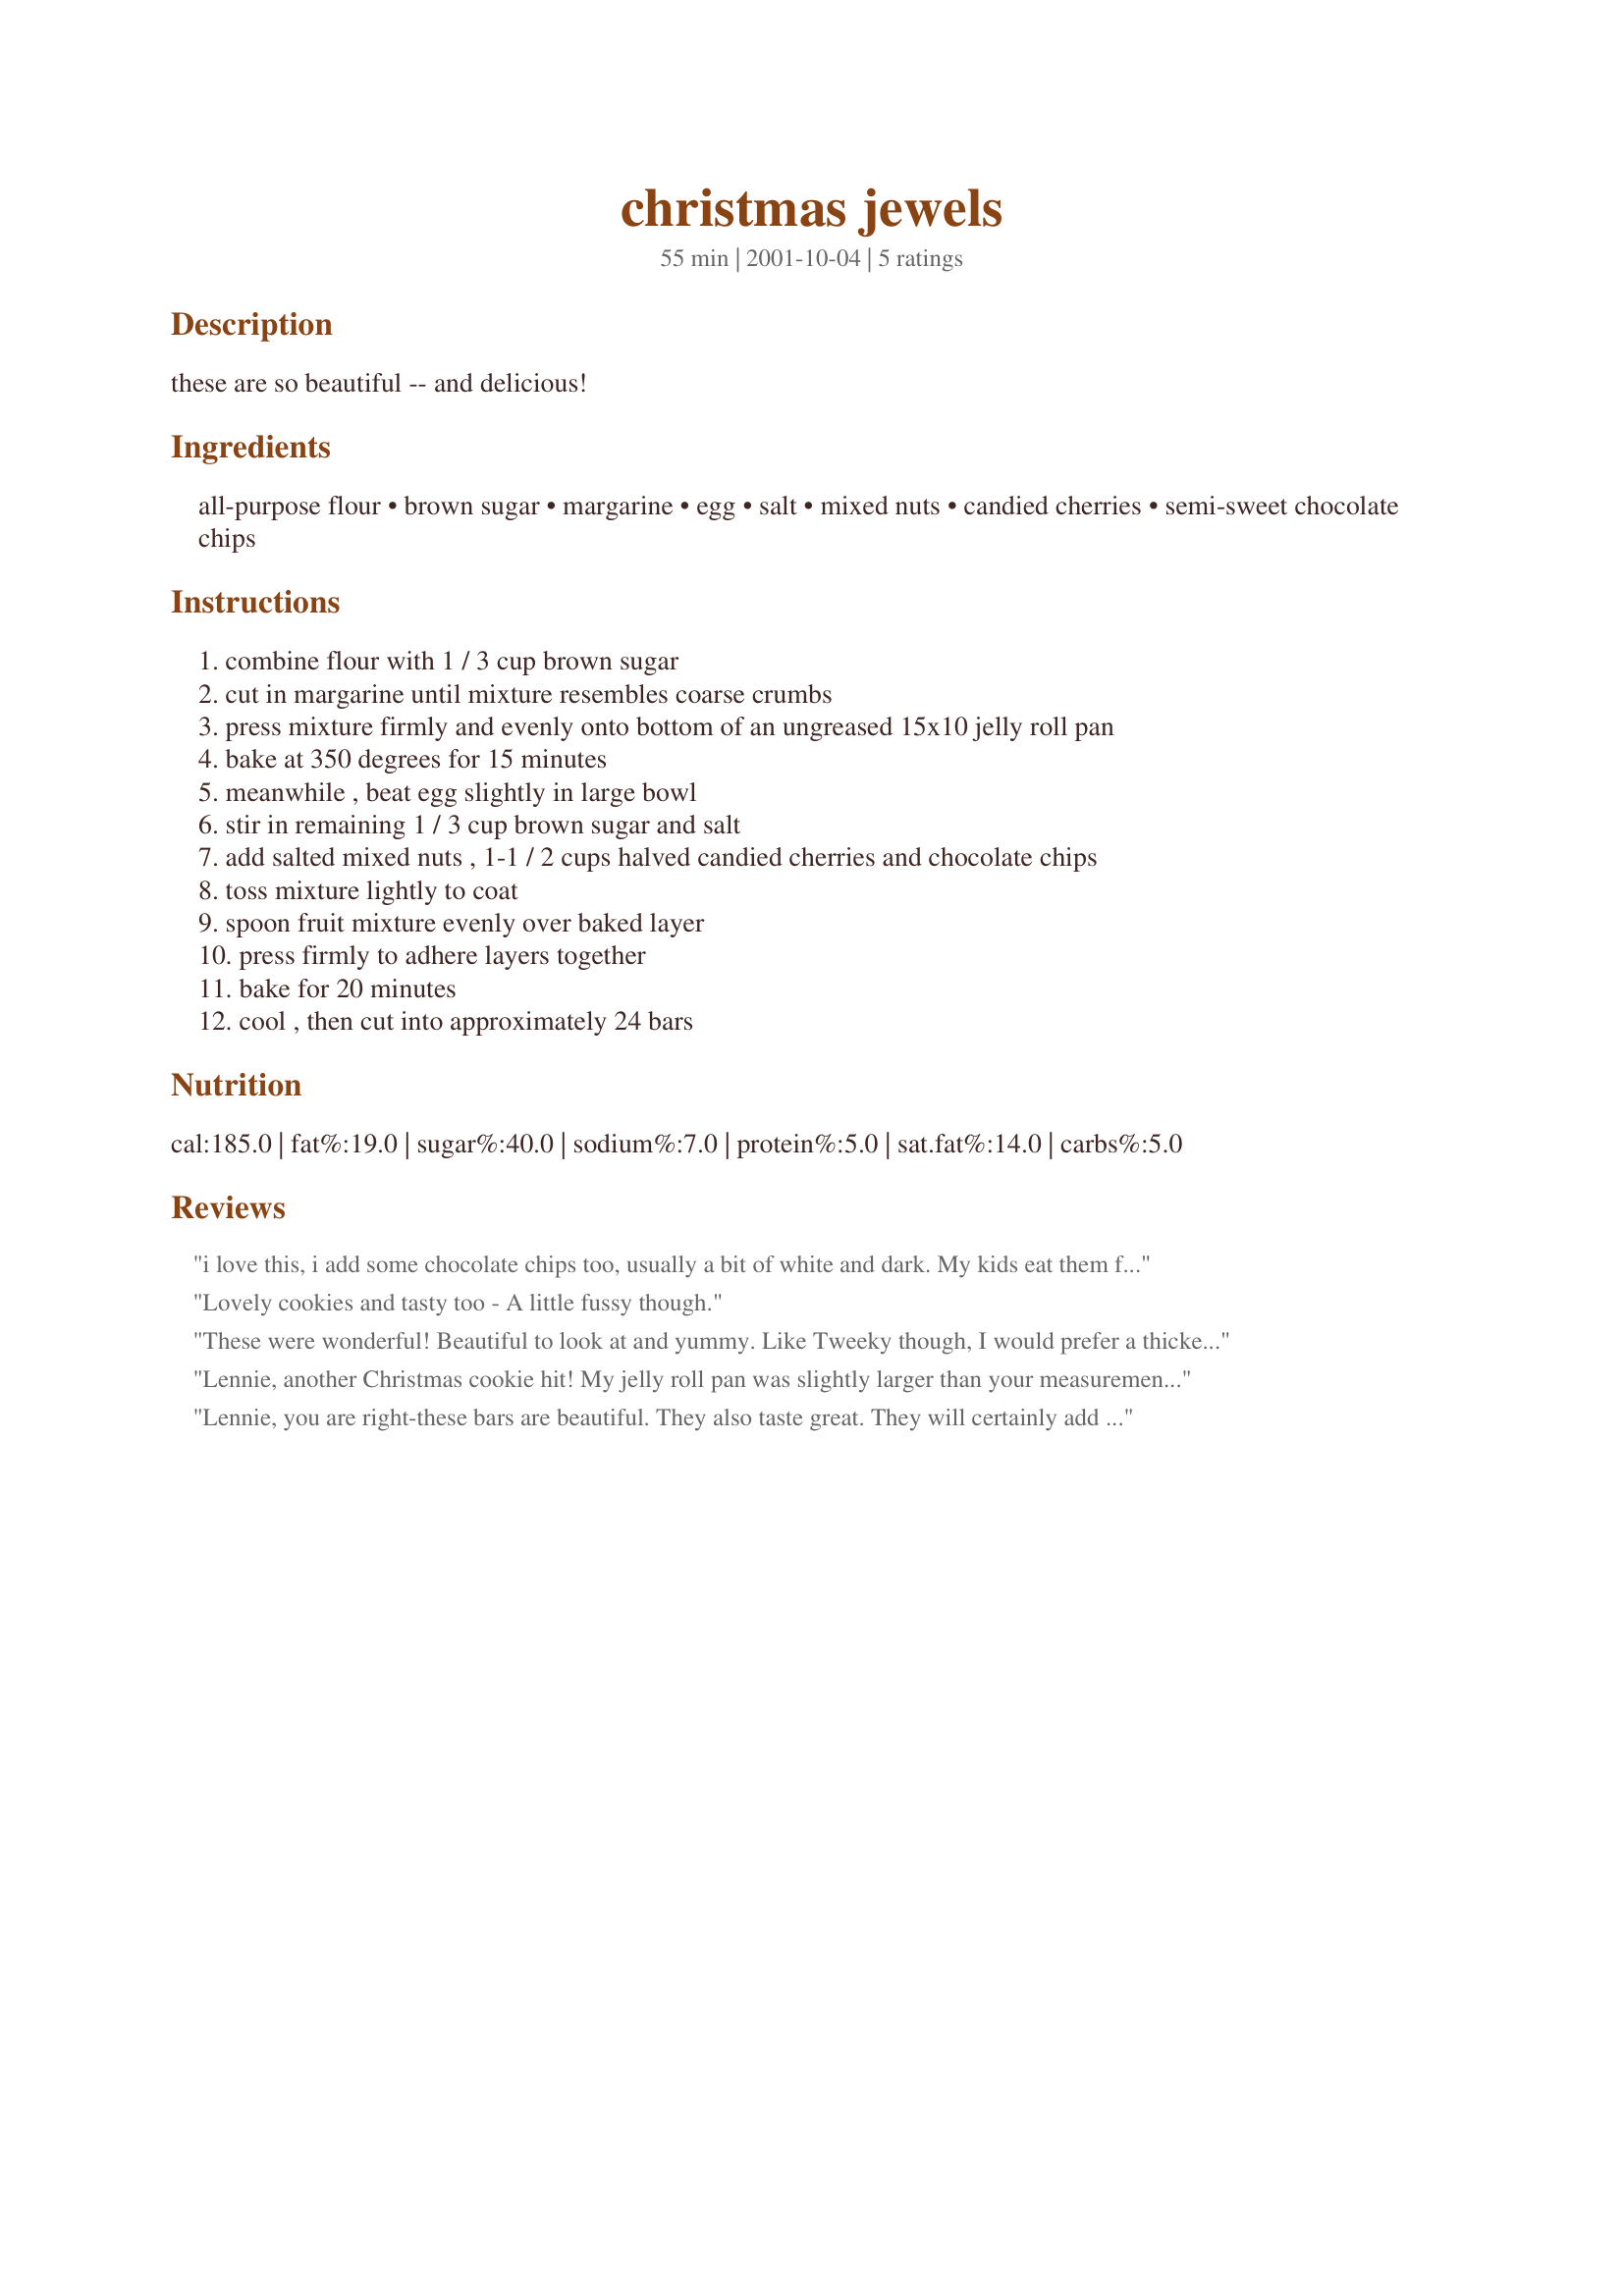
christmas jewels
Preparation time: 55 minutes

these are so beautiful -- and delicious!

Ingredients:
all-purpose flour, brown sugar, margarine, egg, salt, mixed nuts, candied cherries, semi-sweet chocolate chips

Steps:
combine flour with 1 / 3 cup brown sugar, cut in margarine until mixture resembles coarse crumbs, press mixture firmly and evenly onto bottom of an ungreased 15x10 jelly roll pan, bake at 350 degrees for 15 minutes, meanwhile , beat egg slightly in large bowl, stir in remaining 1 / 3 cup brown sugar and salt, add salted mixed nuts , 1-1 / 2 cups halved candied cherries and chocolate chips, toss mixture lightly to coat, spoon fruit mixture evenly over baked layer, press firmly to adhere layers together, bake for 20 minutes, cool , then cut into approximately 24 bars

Reviews:
i love this, i add some chocolate chips too, usually a bit of white and dark. My kids eat them faster than i can make them.
Lovely cookies and tasty too - A little fussy though.
These were wonderful! Beautiful to look at and yummy. Like Tweeky though, I would prefer a thicker crust. Thanks.
Lennie, another Christmas cookie hit! My jelly roll pan was slightly larger than your measurements shown so next time I think I will use a smaller pan, I would prefer a slightly thicker crust. The cookies are lovely though and they do taste great! Had trouble finding enough candied cherries so I used a combination on candied cherries and candied pineapple. I don't think it altered the flavor at all and if anything just added a little interesting twist! Thanks for sharing. Tweeky.
Lennie, you are right-these bars are beautiful. They also taste great. They will certainly add a nice touch to my cookie baskets. Thanks.
